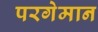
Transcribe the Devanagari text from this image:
परगेमान